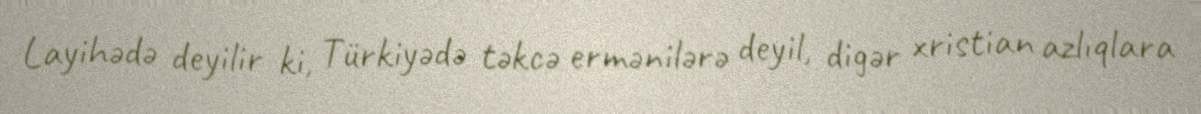
Layihədə deyilir ki, Türkiyədə təkcə ermənilərə deyil, digər xristian azlıqlara